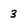
Character: 3